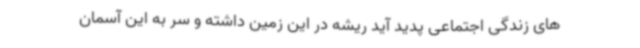
های زندگی اجتماعی پدید آید ریشه در این زمین داشته و سر به این آسمان